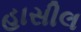
હાસીલ